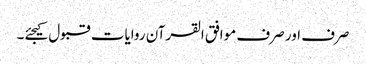
صرف اور صرف موافق القرآن روایات قبول کیجئے۔